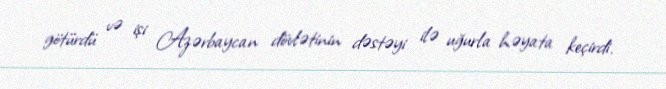
götürdü və işi Azərbaycan dövlətinin dəstəyi ilə uğurla həyata keçirdi.